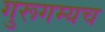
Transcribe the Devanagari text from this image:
गुरूगम्यच